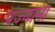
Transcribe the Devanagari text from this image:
पंज्याना